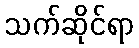
သက်ဆိုင်ရာ